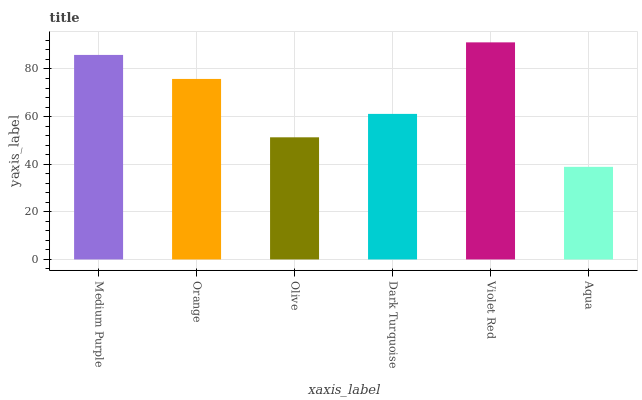
| xaxis_label | bars |
 | --- | --- |
 | Medium Purple | 85.9 |
 | Orange | 75.8 |
 | Olive | 51.3 |
 | Dark Turquoise | 61.1 |
 | Violet Red | 91.2 |
 | Aqua | 38.9 |